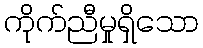
ကိုက်ညီမှုရှိသော